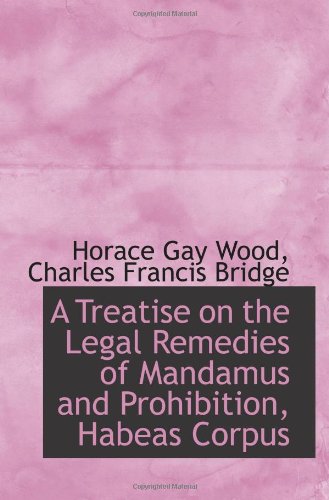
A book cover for A Treatise on the Legal Remedies of Mandamus and Prohibition, Habeas Corpus; Horace Gay Wood; Law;